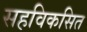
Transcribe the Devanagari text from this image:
सहविकसित